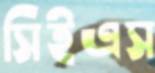
সিইএস